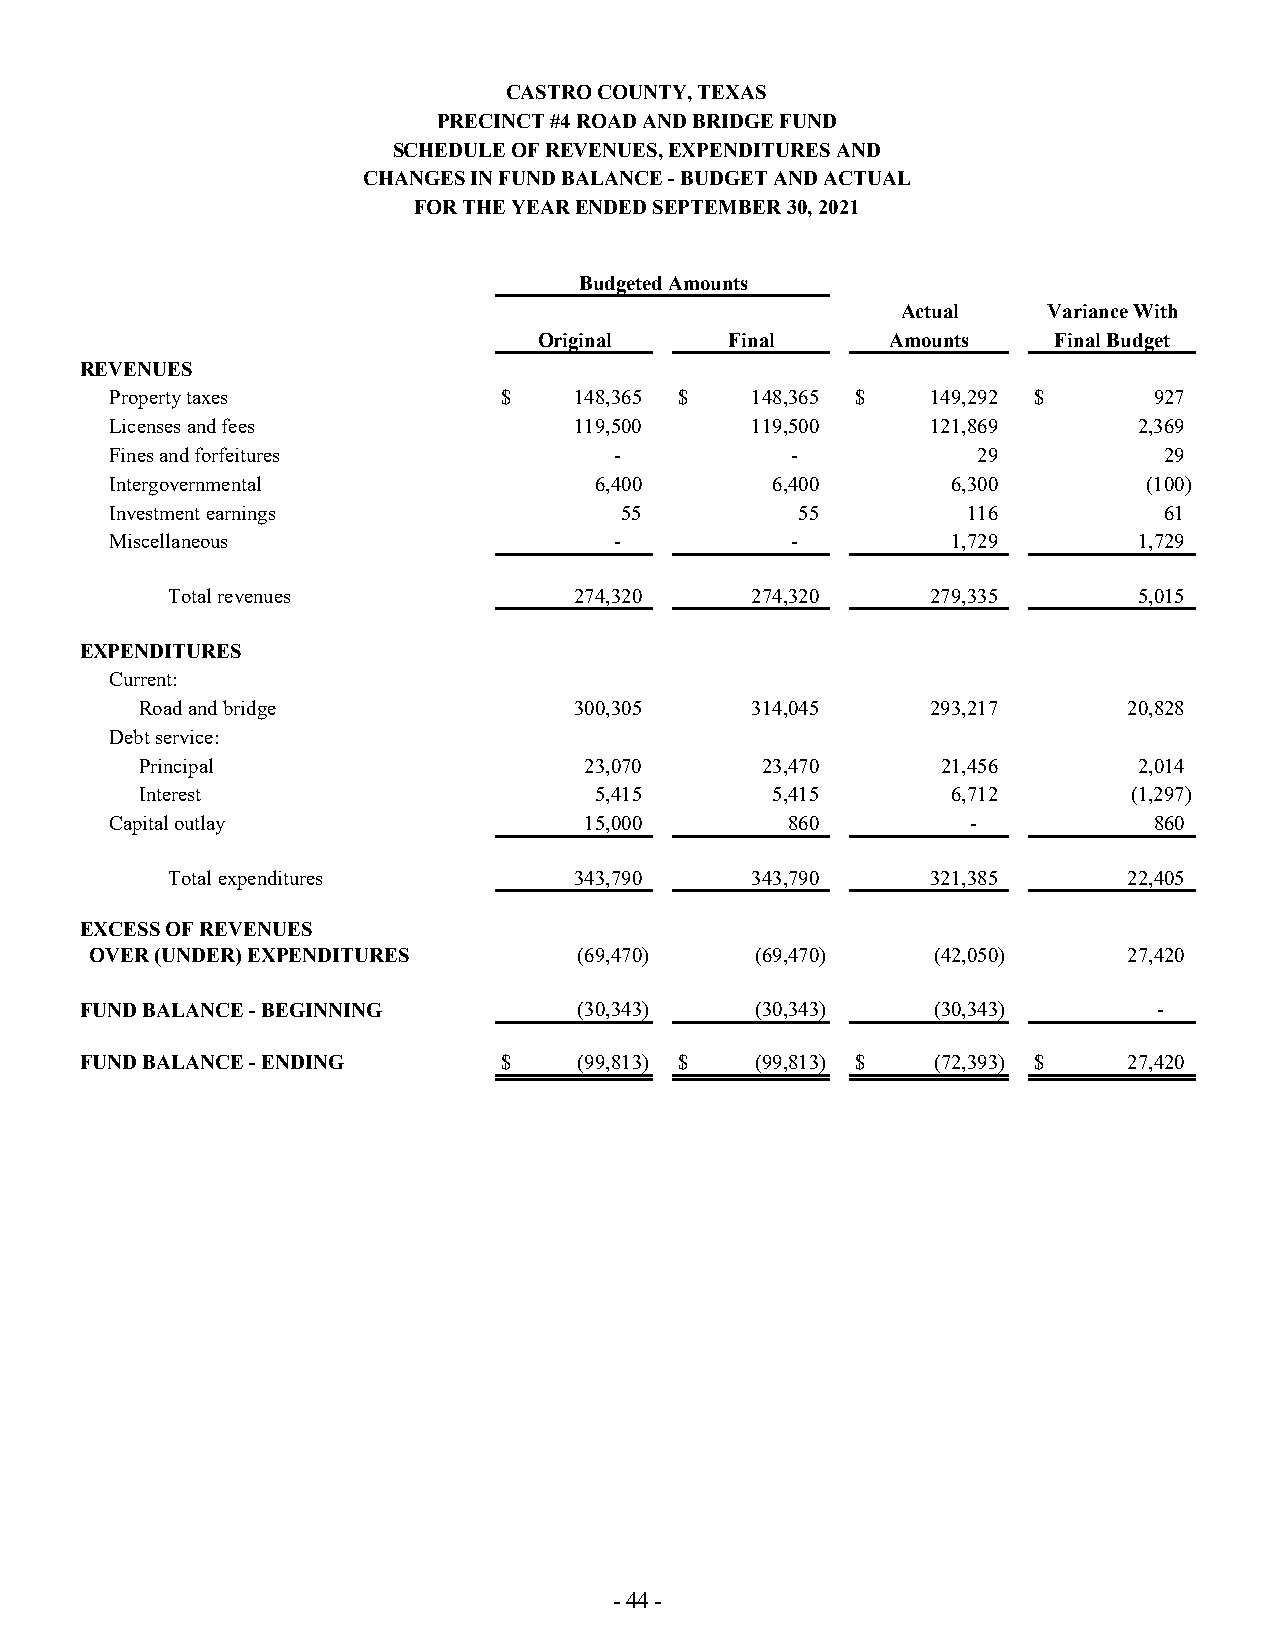
CASTRO COUNTY, TEXAS
 PRECINCT #4 ROAD AND BRIDGE FUND
 SCHEDULE OF REVENUES, EXPENDITURES AND
 CHANGES IN FUND BALANCE - BUDGET AND ACTUAL
 FOR THE YEAR ENDED SEPTEMBER 30, 2021
 Budgeted Amounts
 Actual   Variance With
 Original    Final      Amounts    Final Budget
 REVENUES
 Property taxes            $    148,365 $   148,365 $   149,292 $     927
 Licenses and fees              119,500     119,500     121,869      2,369
 Fines and forfeitures             -          -            29          29
 Intergovernmental               6,400       6,400       6,300        (100)
 Investment earnings               55          55         116          61
 Miscellaneous                     -          -          1,729       1,729
 Total revenues             274,320     274,320     279,335      5,015
 EXPENDITURES
 Current:
 Road and bridge              300,305     314,045     293,217      20,828
 Debt service:
 Principal                     23,070     23,470      21,456       2,014
 Interest                      5,415       5,415       6,712       (1,297)
 Capital outlay                  15,000       860         -           860
 Total expenditures         343,790     343,790     321,385      22,405
 EXCESS OF REVENUES
 OVER (UNDER) EXPENDITURES       (69,470)    (69,470)    (42,050)     27,420
 FUND BALANCE - BEGINNING         (30,343)    (30,343)    (30,343)       -
 FUND BALANCE - ENDING       $    (99,813) $  (99,813) $  (72,393) $   27,420
 - 44 -